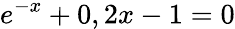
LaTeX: e^{-x}+0,2x-1=0